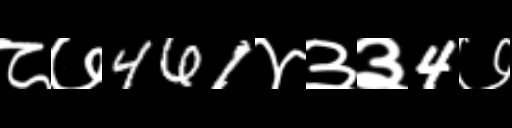
Text: ८७461४३३4७